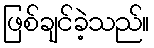
ဖြစ်ချင်ခဲ့သည်။